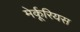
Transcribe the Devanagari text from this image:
मेर्कूरियस